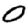
Digit: 0